65_HS1-834228961_62-HQ-83894_Serial_164
Agency: FBI
Page 73
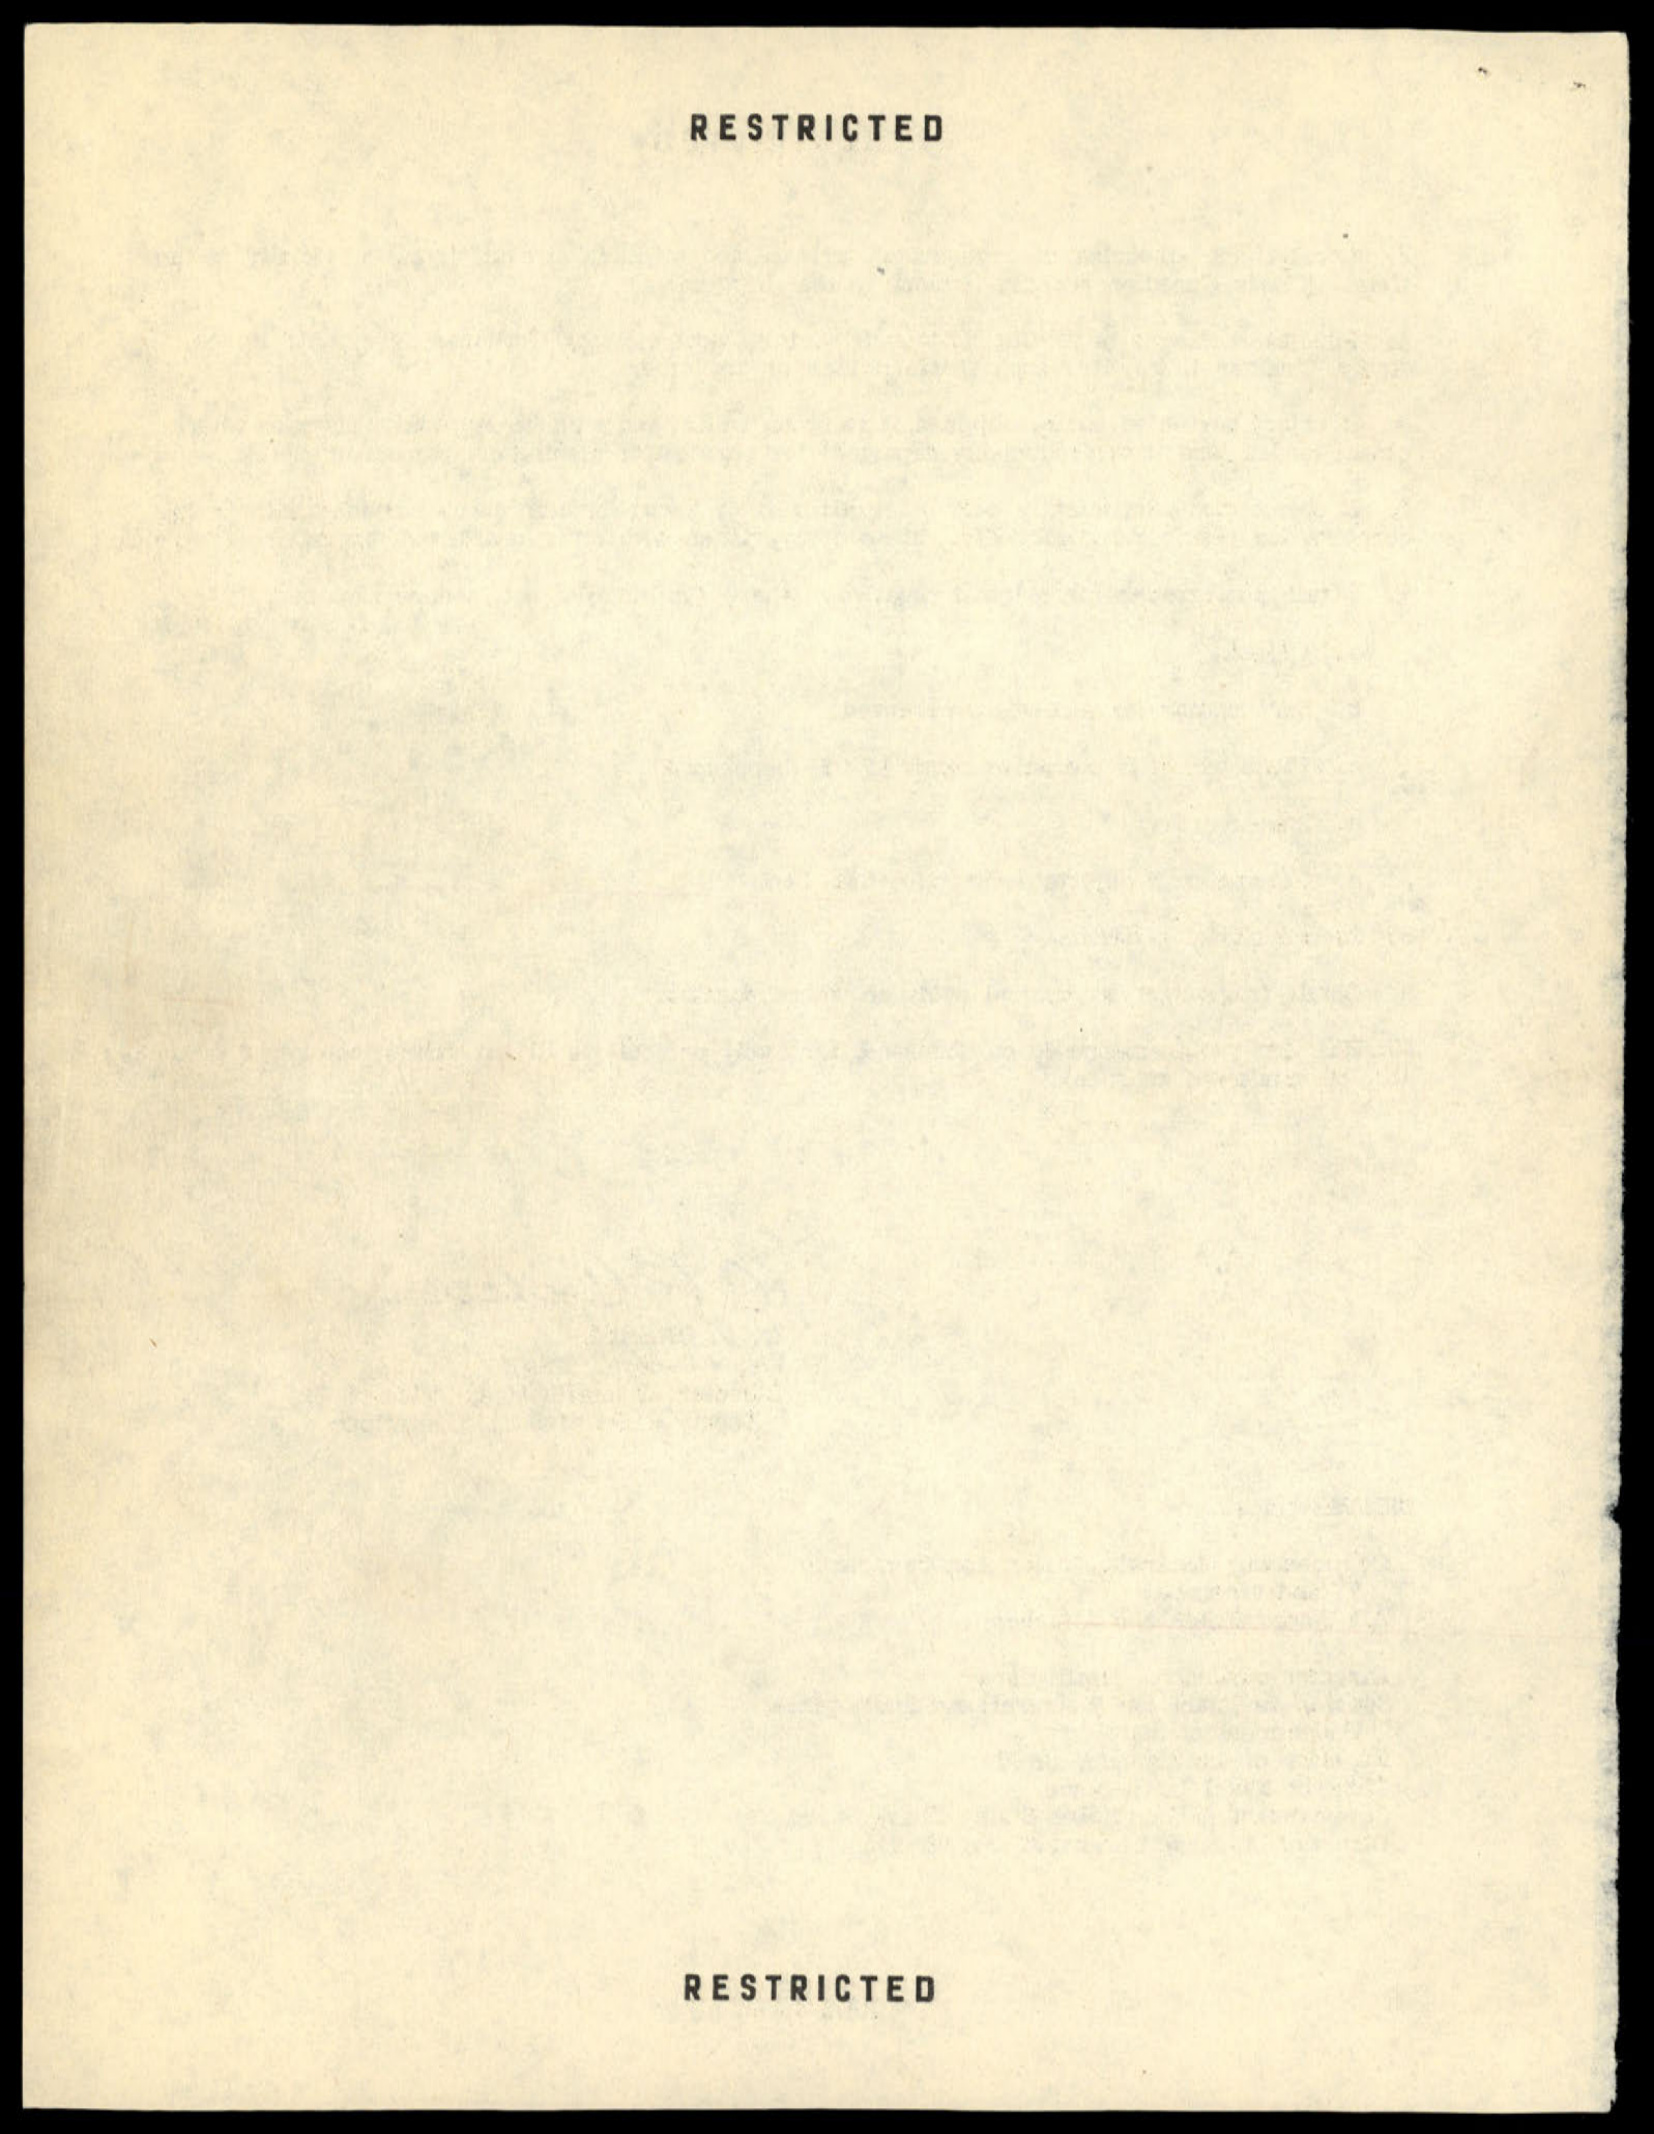